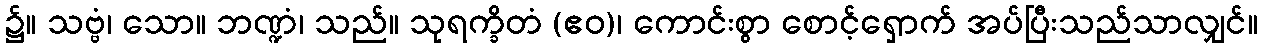
၌။ သဗ္ဗံ၊ သော။ ဘဏ္ဍံ၊ သည်။ သုရက္ခိတံ (ဧဝ)၊ ကောင်းစွာ စောင့်ရှောက် အပ်ပြီးသည်သာလျှင်။